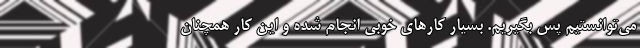
می‌توانستیم پس بگیریم. بسیار کارهای خوبی انجام شده و این کار همچنان